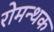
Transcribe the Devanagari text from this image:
रोमन्थक